Vaccination in Bombay 1869-1873 - 1869-1873
Year: 1869
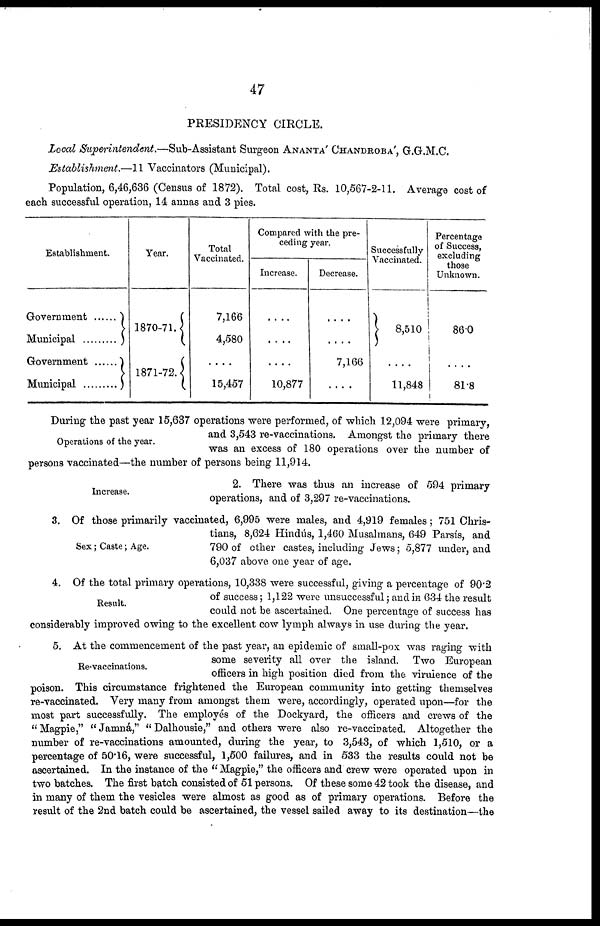
47
PRESIDENCY CIRCLE.
Local Superintendent.—Sub-Assistant Surgeon ANANTA' CHANDROBA', G.G.M.C.
Establishment.—11 Vaccinators (Municipal).
Population, 6,46,636 (Census of 1872). Total cost, Rs. 10,567-2-11. Average cost of
each successful operation, 14 annas and 3 pies.
Establishment.
Government .......
Municipal ..........
Government .......
Municipal ..........
Year.
1870-71.
1871-72.
Total
Vaccinated.
7,166
4,580
....
15,457
Compared with the pre-
ceding year.
Increase.
....
....
....
10,877
Decrease.
....
....
7,166
....
Successfully
Vaccinated.
8,510
......
11,848
Percentage
of Success,
excluding
those
Unknown.
86.0
......
81.8
Operations of the year.
During the past year 15,637 operations were performed, of which 12,094 were primary,
and 3,543 re-vaccinations. Amongst the primary there
was an excess of 180 operations over the number of
persons vaccinated—the number of persons being 11,914.
Increase.
2. There was thus an increase of 594 primary
operations, and of 3,297 re-vaccinations.
Sex; Caste; Age.
3. Of those primarily vaccinated, 6,995 were males, and 4,919 females; 751 Chris-
tians, 8,624 Hindás, 1,460 Musalmans, 649 Parsís, and
790 of other castes, including Jews; 5,877 under, and
6,037 above one year of age.
Result.
4. Of the total primary operations, 10,338 were successful, giving a percentage of 90.2
of success; 1,122 were unsuccessful; and in 634 the result
could not be ascertained. One percentage of success has
considerably improved owing to the excellent cow lymph always in use during the year.
Re-vaccinations.
5. At the commencement of the past year, an epidemic of small-pox was raging with
some severity all over the island. Two European
officers in high position died from the virulence of the
poison. This circumstance frightened the European community into getting themselves
re-vaccinated. Very many from amongst them were, accordingly, operated upon—for the
most part successfully. The employés of the Dockyard, the officers and crews of the
"Magpie," "Jamná," "Dalhousie," and others were also re-vaccinated. Altogether the
number of re-vaccinations amounted, during the year, to 3,543, of which 1,510, or a
percentage of 50.16, were successful, 1,500 failures, and in 533 the results could not be
ascertained. In the instance of the " Magpie," the officers and crew were operated upon in
two batches. The first batch consisted of 51 persons. Of these some 42 took the disease, and
in many of them the vesicles were almost as good as of primary operations. Before the
result of the 2nd batch could be ascertained, the vessel sailed away to its destination—the